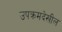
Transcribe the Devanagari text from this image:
उपक्रमदेखील